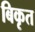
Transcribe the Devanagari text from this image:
बिकृत